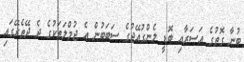
ބުނާ ގޮތުގެ އަސަރާއި ބޮޑީ ލެންގުއޭޖުގެ ސަބަބުން އެ ޖުމްލަތަކުގެ ދެ ދޭތެރޭގައި